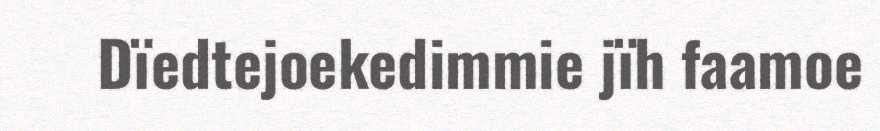
Dïedtejoekedimmie jïh faamoe